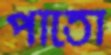
পাতো